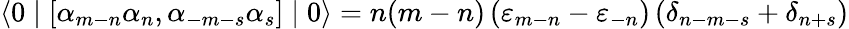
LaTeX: \langle 0\mid\left[{\alpha}_{m-n}{\alpha}_{n},{\alpha}_{-m-s}{\alpha}_{s}\right]\mid 0\rangle=n(m-n)\left({\varepsilon}_{m-n}-{\varepsilon}_{-n}\right)\left({\delta}_{n-m-s}+{\delta}_{n+s}\right)